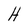
Character: H